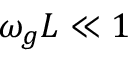
\omega _ { g } L \ll 1